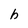
Character: h